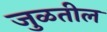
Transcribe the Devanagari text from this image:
जुळतील